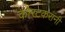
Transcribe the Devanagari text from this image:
कोरटकरांनी